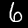
Label: 6